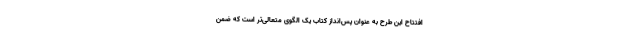
افتتاح این طرح به عنوان پس‌انداز کتاب یک الگوی متعالی‌تر است که ضمن